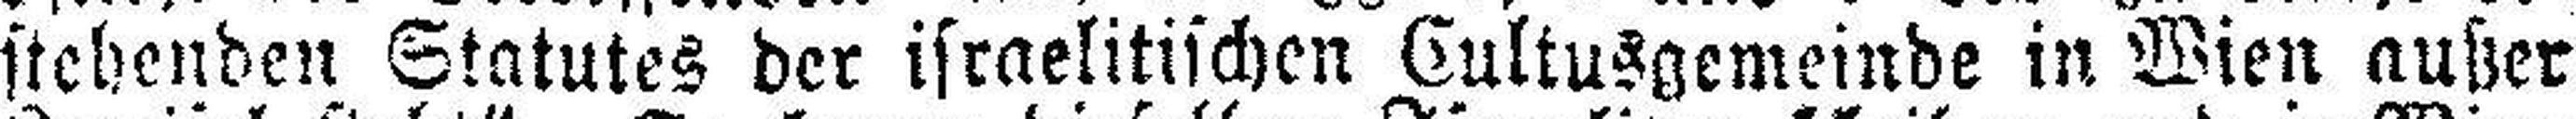
stehenden Statutes der israelitischen Cultusgemeinde in Wien außer